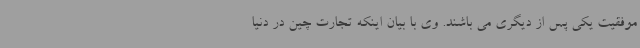
موفقیت یکی پس از دیگری می باشند. وی با بیان اینکه تجارت چین در دنیا